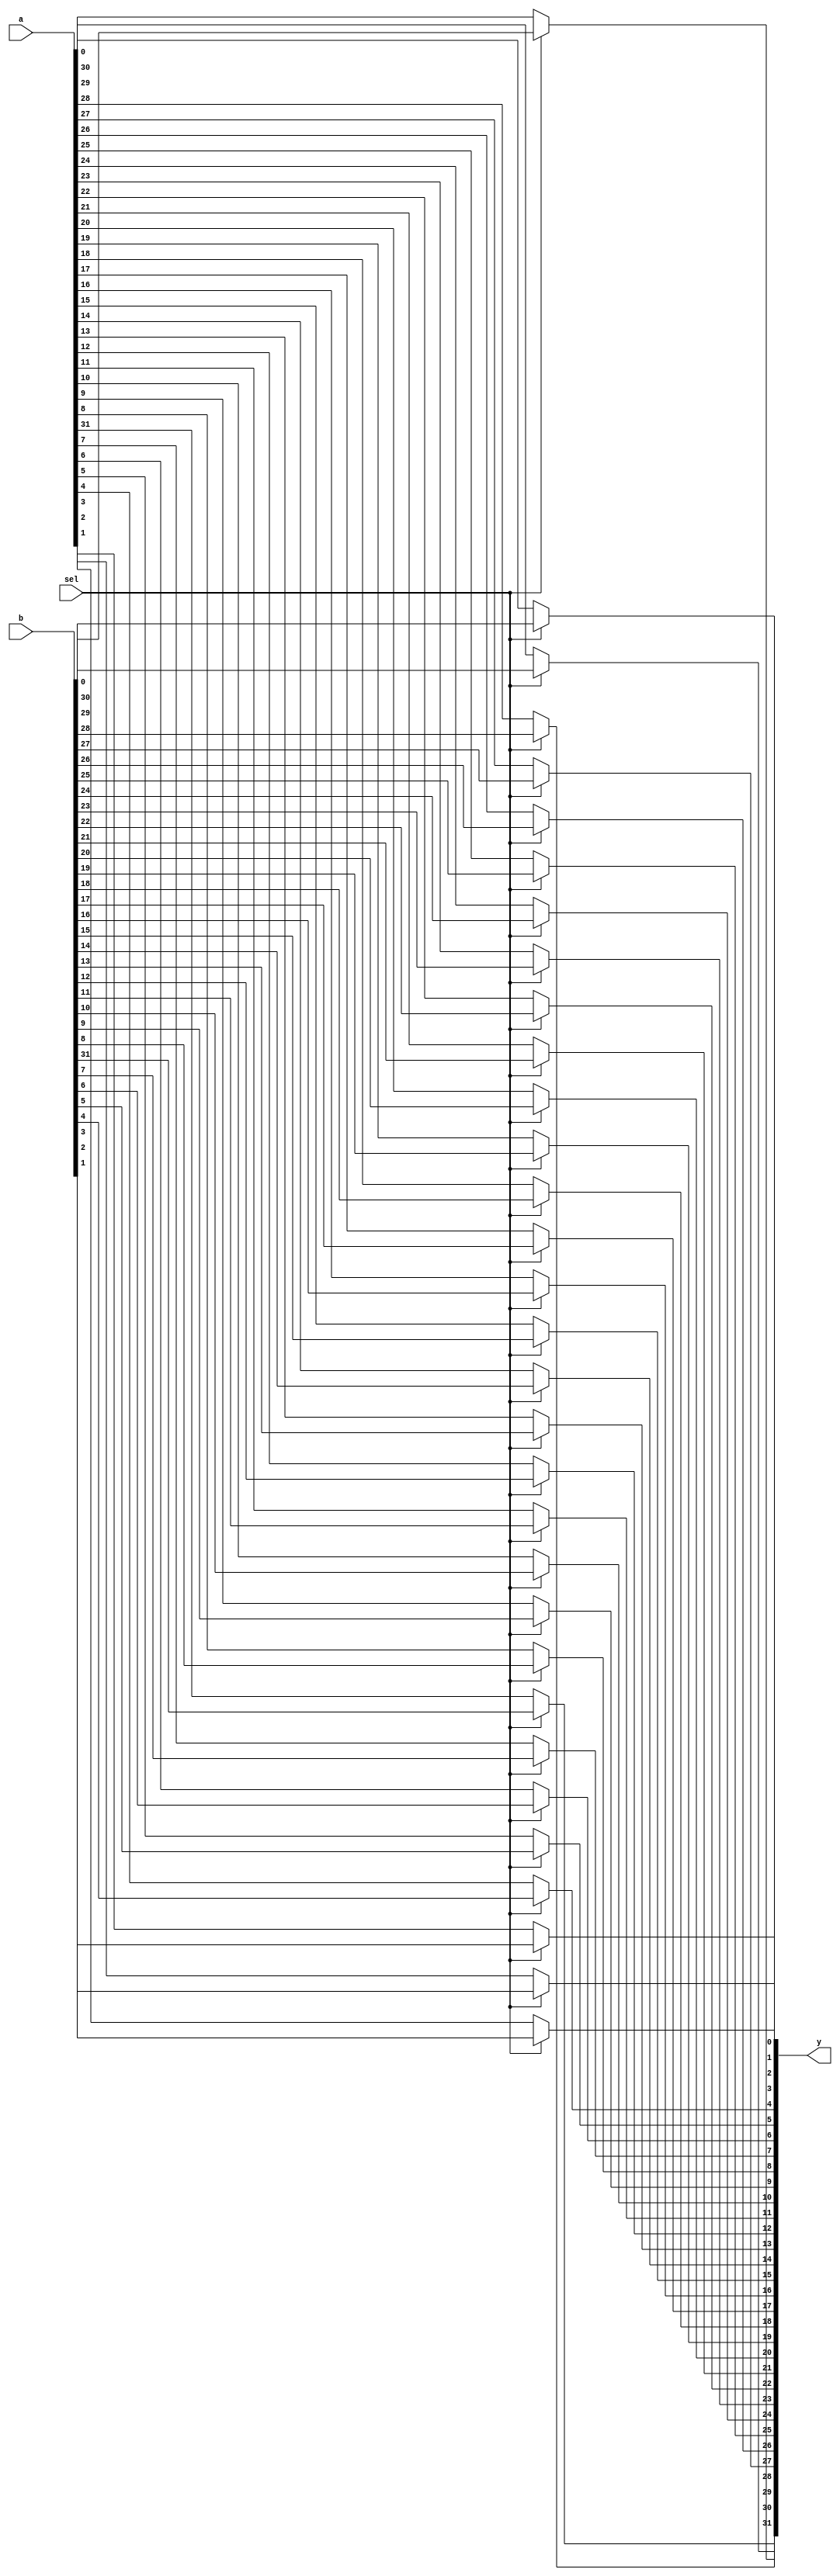
//mux after register
module mux_32bit (a,b,sel,y);
input [31 : 0] a;
input [31 : 0] b;
output [31 : 0] y;
input sel;
reg [31 : 0] y;
integer i ;
always@(a or b or sel) 
begin
if(sel==1'b0)begin
for(i=0;i<32;i=i+1) begin
y[i]= a[i];
end
end
else begin
for(i=0;i<32;i=i+1) begin
y[i]= b[i];
end
end
end
endmodule